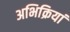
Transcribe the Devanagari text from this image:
अभिक्रियां